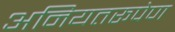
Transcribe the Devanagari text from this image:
अनियतरूपेण